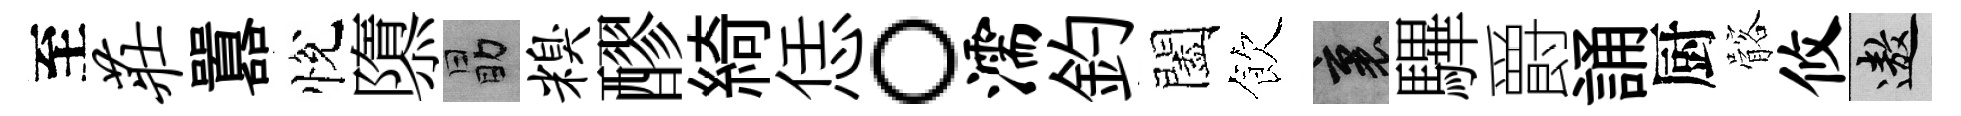
至庄囂悅隳勗糗醪綺恁。濡釣闔飲裏驆爵誦厨髂攸遨